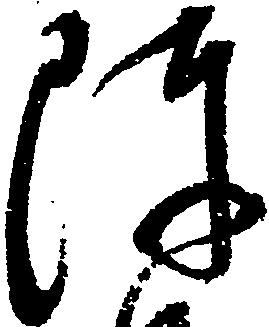
陣